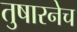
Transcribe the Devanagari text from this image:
तुषारनेच